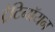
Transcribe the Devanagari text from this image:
ट्रेटिनॉयन